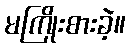
မကြိုးစားခဲ့။